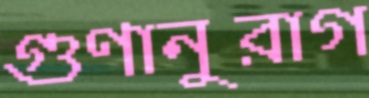
গুণানুরাগ